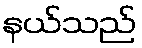
နယ်သည်